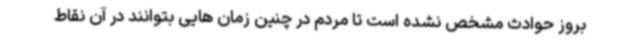
بروز حوادث مشخص نشده است تا مردم در چنین زمان هایی بتوانند در آن نقاط